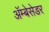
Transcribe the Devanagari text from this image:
अॅम्बेसेडर